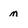
Character: m